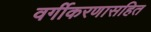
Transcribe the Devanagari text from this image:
वर्गीकरणासहित